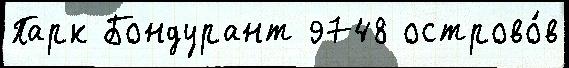
Парк Бондурант 9748 острово́в